Reports on military cantonments and civil stations in the Presidency of Bombay inspected by the Sanitary Commissioner in the years 1875 and 1876
Year: 1875
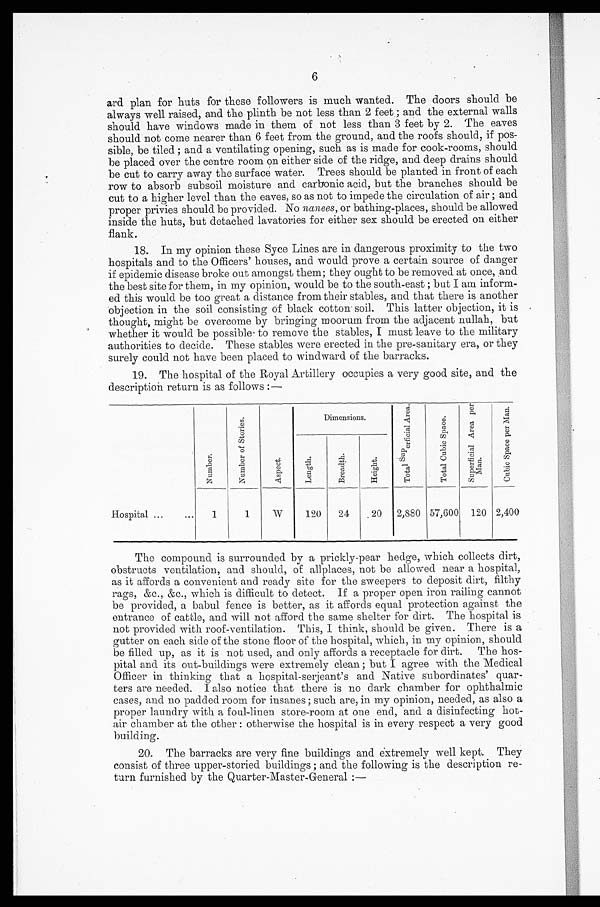
6
and plan for huts for these followers is much wanted. The doors should be
always well raised, and the plinth be not less than 2 feet ; and the external walls
should have windows made in them of not less than 3 feet by 2. The eaves
should not come nearer than 6 feet from the ground, and the roofs should, if pos-
sible, be tiled ; and a ventilating opening, such as is made for cook-rooms, should
be placed over the centre room on either side of the ridge, and deep drains should
be cut to carry away the surface water. Trees should be planted in front of each
row to absorb subsoil moisture and carbonic acid, but the branches should be
cut to a higher level than the eaves, so as not to impede the circulation of air ; and
proper privies should be provided. No nanees, or bathing-places, should be allowed
inside the huts, but detached lavatories for either sex should be erected on either
flank.
18. In my opinion these Syce Lines are in dangerous proximity to the two
hospitals and to the Officers' houses, and would prove a certain source of danger
if epidemic disease broke out amongst them; they ought to be removed at once, and
the best site for them, in my opinion, would be to the south-east ; but I am inform-
ed this would be too great a distance from their stables, and that there is another
objection in the soil consisting of black cotton soil. This latter objection, it is
thought, might be overcome by bringing moorum from the adjacent nullah, but
whether it would be possible to remove the stables, I must leave to the military
authorities to decide. These stables were erected in the pre-sanitary era, or they
surely could not have been placed to windward of the barracks.
19. The hospital of the Royal Artillery occupies a very good site, and the
description return is as follows :—
N u m b e r .
N u m b e r i f S t o r i e s .
A s p e c t .
Dimensions.
T o t a l S u p e r f i c i a l A r e a .
T o t a l C u b i c S p a c e .
S u p e r f i c i a l A r e a p e r M a n .
Cu b i c S p a c e p e r Ma n .
L e n g t h
B r e a d t h .
H e i g h t .
Hospital ...
1
1
W
120
24
20
2,880 57,600 120 2,400
The compound is surrounded by a prickly-pear hedge, which collects dirt,
obstructs ventilation, and should, of allplaces, not be allowed near a hospital,
as it affords a convenient and ready site for the sweepers to deposit dirt, filthy
rags, &c., &c., which is difficult to detect. If a proper open iron railing cannot
be provided, a babul fence is better, as it affords equal protection against the
entrance of cattle, and will not afford the same shelter for dirt. The hospital is
not provided with roof-ventilation. This, I think, should be given. There is a
gutter on each side of the stone floor of the hospital, which, in my opinion, should
be filled up, as it is not used, and only affords a receptacle for dirt. The hos-
pital and its out-buildings were extremely clean ; but I agree with the Medical
Officer in thinking that a hospital-serjeant's and Native subordinates' quar-
ters are needed. I also notice that there is no dark chamber for ophthalmic
cases, and no padded room for insanes ; such are, in my opinion, needed, as also a
proper laundry with a foul-linen store-room at one end, and a disinfecting hot-
air chamber at the other : otherwise the hospital is in every respect a very good
building.
20. The barracks are very fine buildings and extremely well kept. They
consist of three upper-storied buildings ; and the following is the description re-
turn furnished by the Quarter-Master-General :—